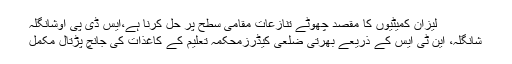
لیزان کمیٹیوں کا مقصد چھوٹے تنازعات مقامی سطح پر حل کرنا ہے،ایس ڈی پی اوشانگلہ
شانگلہ، این ٹی ایس کے ذریعے بھرتی ضلعی کیڈرزمحکمہ تعلیم کے کاغذات کی جانچ پڑتال مکمل